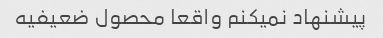
پیشنهاد نمیکنم واقعا محصول ضعیفیه